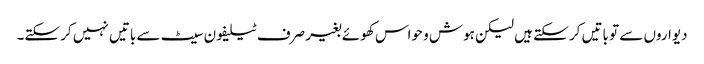
دیواروں سے تو باتیں کر سکتے ہیں لیکن ہوش و حواس کھوئے بغیر صرف ٹیلیفون سیٹ سے باتیں نہیں کر سکتے۔